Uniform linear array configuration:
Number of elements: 16
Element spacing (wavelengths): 0.75
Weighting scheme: hann
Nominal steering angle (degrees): -45
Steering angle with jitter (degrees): -45.066
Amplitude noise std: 0.05
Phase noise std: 0.05

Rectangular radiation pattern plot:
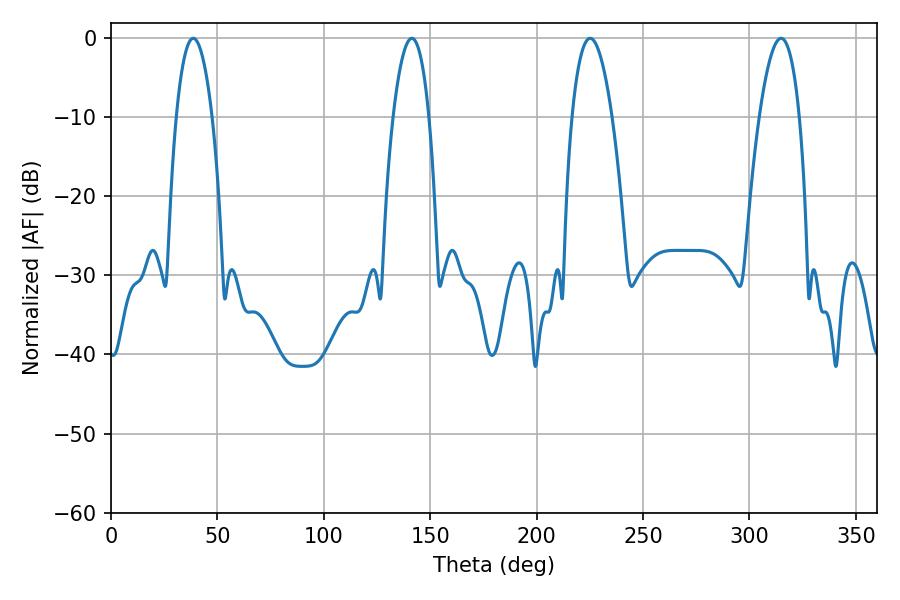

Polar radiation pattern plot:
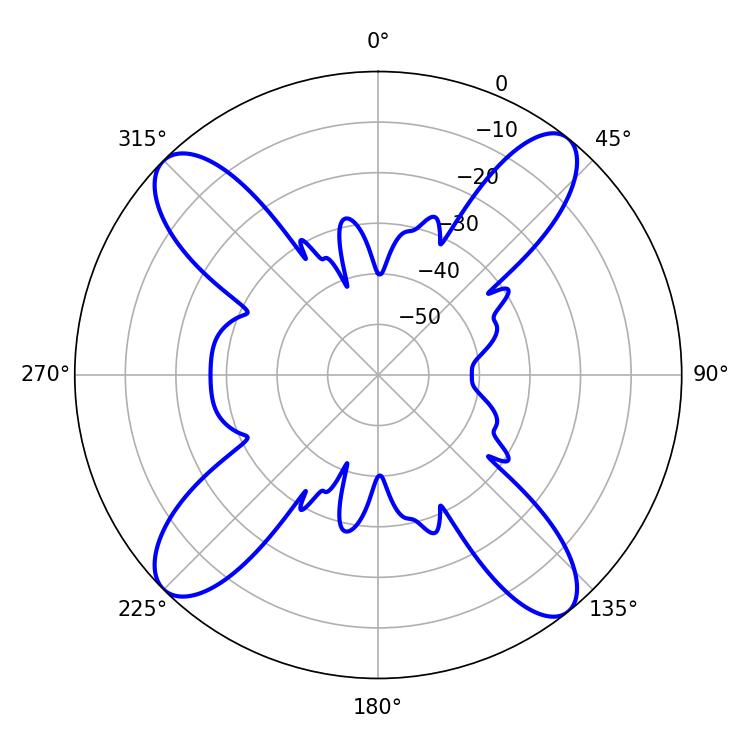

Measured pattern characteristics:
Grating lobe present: TRUE
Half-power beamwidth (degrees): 10.44
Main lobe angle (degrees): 225.18